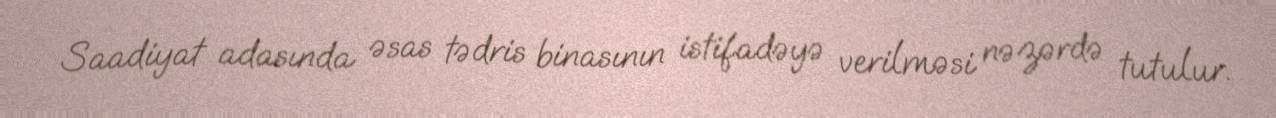
Saadiyat adasında əsas tədris binasının istifadəyə verilməsi nəzərdə tutulur.